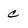
Character: c